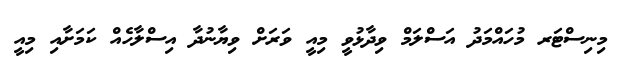
މިނިސްޓަރ މުހައްމަދު އަސްލަމް ވިދާޅުވީ މިއީ ވަރަށް ވިޔާނުދާ އިސްލާހެއް ކަމަށާއި މިއީ